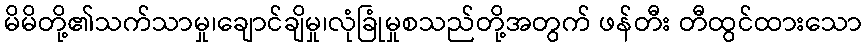
မိမိတို့၏သက်သာမှု၊ချောင်ချိမှု၊လုံခြုံမှုစသည်တို့အတွက် ဖန်တီး တီထွင်ထားသော